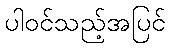
ပါဝင်သည့်အပြင်